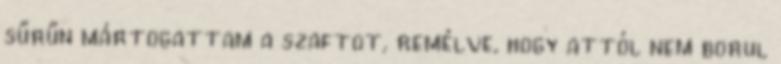
sűrűn mártogattam a szaftot, remélve, hogy attól nem borul